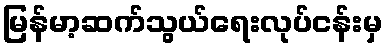
မြန်မာ့ဆက်သွယ်ရေးလုပ်ငန်းမှ